Calcutta medical institutions reports 1871-78
Year: 1871
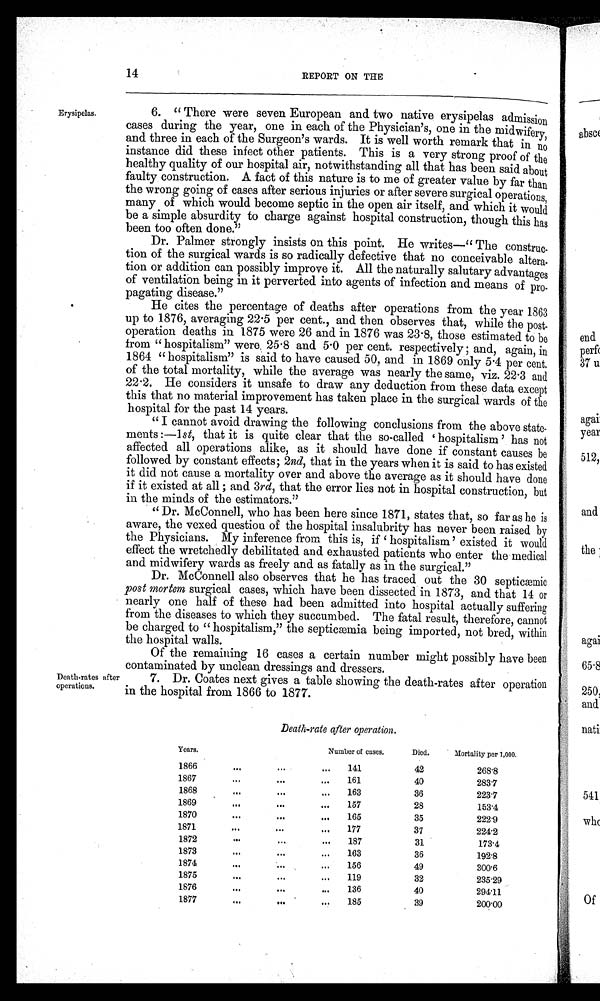
14 REPORT ON THE
Erysipelas.
6. "There were seven European and two native erysipelas admission
cases during the year, one in each of the Physician's, one in the midwifery,
and three in each of the Surgeon's wards. It is well worth remark that in no
instance did these infect other patients. This is a very strong proof of the
healthy quality of our hospital air, notwithstanding all that has been said about
faulty construction. A fact of this nature is to me of greater value by far than
the wrong going of cases after serious injuries or after severe surgical operations,
many of which would become septic in the open air itself, and which it would
be a simple absurdity to charge against hospital construction, though this has
been too often done."
Dr. Palmer strongly insists on this point. He writes—"The construc-
tion of the surgical wards is so radically defective that no conceivable altera-
tion or addition can possibly improve it. All the naturally salutary advantages
of ventilation being in it perverted into agents of infection and means of pro-
pagating disease."
He cites the percentage of deaths after operations from the year 1863
up to 1876, averaging 22.5 per cent., and then observes that, while the post-
operation deaths in 1875 were 26 and in 1876 was 23.8, those estimated to be
from "hospitalism" were, 25.8 and 5.0 per cent. respectively; and, again, in
1864 "hospitalism" is said to have caused 50, and in 1869 only 5.4 per cent.
of the total mortality, while the average was nearly the same, viz. 22.3 and
22.2. He considers it unsafe to draw any deduction from these data except
this that no material improvement has taken place in the surgical wards of the
hospital for the past 14 years.
"I cannot avoid drawing the following conclusions from the above state-
ments:—1 st, that it is quite clear that the so-called 'hospitalism' has not
affected all operations alike, as it should have done if constant causes be
followed by constant effects; 2nd, that in the years when it is said to has existed
it did not cause a mortality over and above the average as it should have done
if it existed at all; and 3rd, that the error lies not in hospital construction, but
in the minds of the estimators."
"Dr. McConnell, who has been here since 1871, states that, so far as he is
aware, the vexed question. of the hospital insalubrity has never been raised by
the Physicians. My inference from this is, if 'hospitalism' existed it would
effect the wretchedly debilitated and exhausted patients who enter the medical
and midwifery wards as freely and as fatally as in the surgical."
Dr. McConnell also observes that he has traced out the 30 septicæmic
post mortem surgical cases, which have been dissected in 1873, and that 14 or
nearly one half of these had been admitted into hospital actually suffering
from the diseases to which they succumbed. The fatal result, therefore, cannot
be charged to "hospitalism," the septicæmia being imported, not bred, within
the hospital walls.
Of the remaining 16 cases a certain number might possibly have been
contaminated by unclean dressings and dressers.
Death-rates after
operations.
7. Dr. Coates next gives a table showing the death-rates after operation
in the hospital from 1866 to 1877.
Death-rate after operation.
Years.
Number of cases.
Died.
Mortality per 1,000.
1866
. . .
. . .
. . .
141
42
268.8
1 8 6 7
. . .
. . .
...
161
40
283.7
1868
. . .
...
...
163
36
223.7
1869
. . .
. . .
. . .
157
28
153.4
1870
. . .
. . .
. . .
165
35
222.9
1871
. . .
. . .
. . .
177
37
224.2
1872
. . .
. . .
. . .
187
31
173.4
1873
. . .
...
. . .
163
36
192.8
1874
. . .
. . .
...
156
49
300.6
1875
. . .
. . .
. . .
119
32
235.29
1876
. . .
. . .
. . .
136
40
294.11
1877
...
. . .
. . .
185
39
200.00